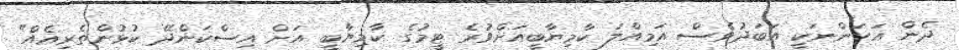
ދެން އަހަންނަކީ އަބަދުވެސް އަމިއްލަ ކާމިޔާބީއަށްވުރެ ޓީމުގެ ކާމިޔާބީ އަށް އިސްކަންދޭ ކުޅުންތެރިއެއް"